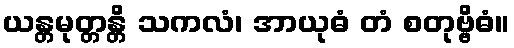
ယန္တမုတ္တန္တိ သကလံ၊ အာယုဓံ တံ စတုဗ္ဗိဓံ။